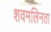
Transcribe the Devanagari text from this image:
शवमलिनता